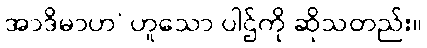
အာဒိမာဟ’ ဟူသော ပါဌ်ကို ဆိုသတည်း။